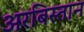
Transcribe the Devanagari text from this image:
अरबिस्तान